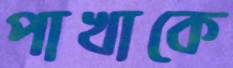
পাখাকে